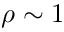
\rho \sim 1